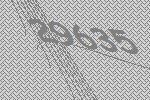
29635